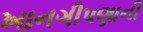
ખાનગીપણાની